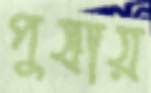
পুষায়